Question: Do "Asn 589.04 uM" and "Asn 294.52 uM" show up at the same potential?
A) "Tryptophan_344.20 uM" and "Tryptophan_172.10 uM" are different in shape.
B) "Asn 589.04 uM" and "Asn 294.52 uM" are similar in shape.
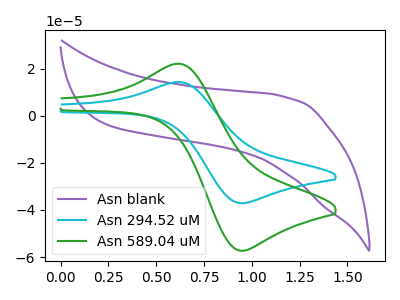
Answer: <think>The purple curve "Asn blank" has no peaks. The cyan curve "Asn 294.52 uM" has an anodic peak at (0.65V, 14.30uA) and a cathodic peak at (0.95V, -37.15uA). The green curve "Asn 589.04 uM" has an anodic peak at (0.65V, 22.05uA) and a cathodic peak at (0.95V, -57.30uA).
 All the peaks in "Asn 589.04 uM" have a peak in "Asn 294.52 uM" at the same potential. Every peak in "Asn 589.04 uM" is higher than every peak in "Asn 294.52 uM".</think>
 <answer>B) "Asn 589.04 uM" and "Asn 294.52 uM" are similar in shape.</answer>
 <eval>B</eval>